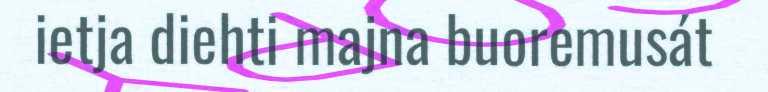
ietja diehti majna buoremusát